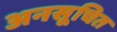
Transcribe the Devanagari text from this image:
अनसूचित